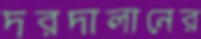
দরদালানের